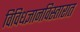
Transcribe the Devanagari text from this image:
विविधज्ञानविस्तारात